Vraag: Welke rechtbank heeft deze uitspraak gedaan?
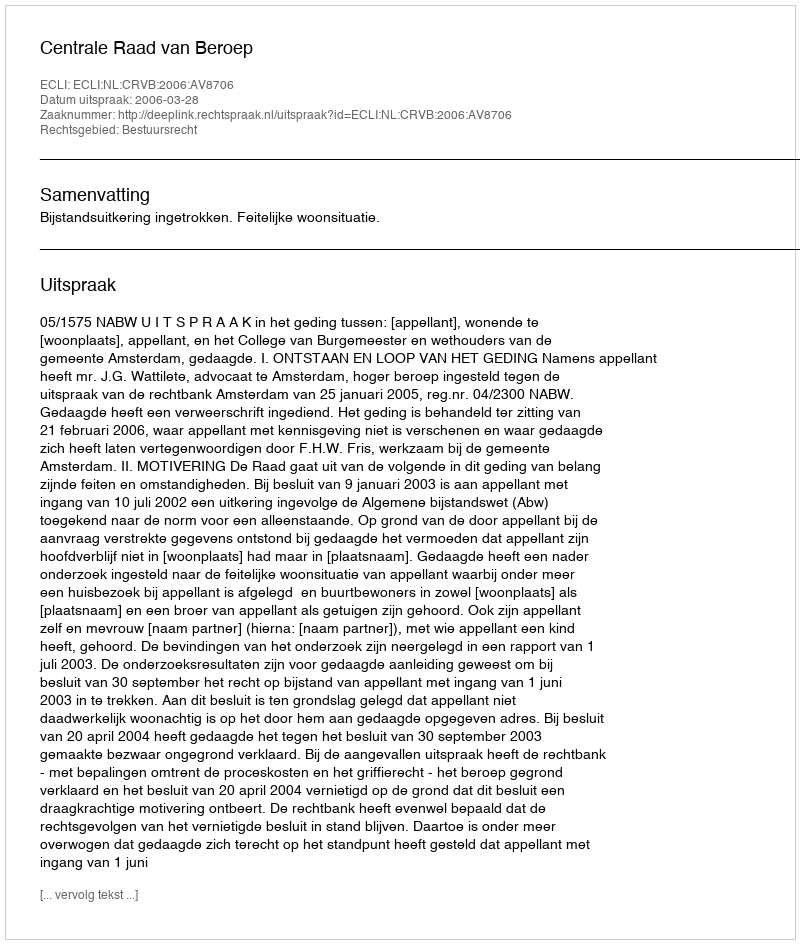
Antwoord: Centrale Raad van Beroep